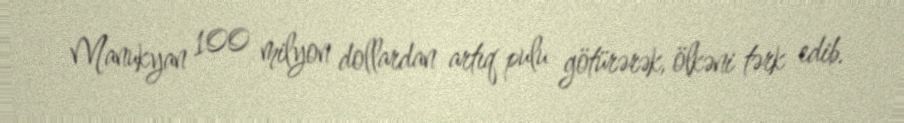
Manukyan 100 milyon dollardan artıq pulu götürərək, ölkəni tərk edib.